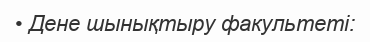
• Дене шынықтыру факультеті: